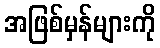
အဖြစ်မှန်များကို